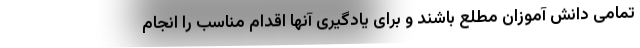
تمامی دانش آموزان مطلع باشند و برای یادگیری آنها اقدام مناسب را انجام